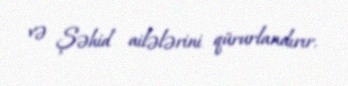
və Şəhid ailələrini qürurlandırır.